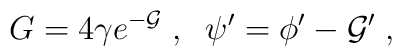
G = 4 \gamma e^{- {\cal G}} \; ,  \; \;\psi' = \phi' - {\cal G}' \; ,